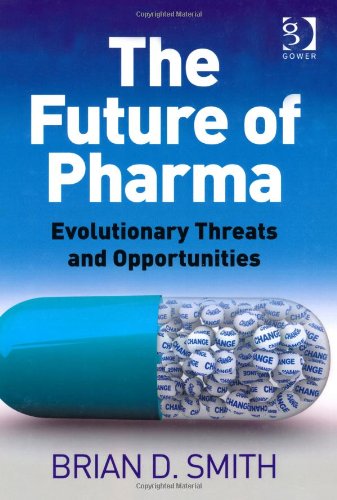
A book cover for The Future of Pharma; Brian Smith; Business & Money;